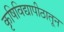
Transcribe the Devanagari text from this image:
कृषिविद्यापीठातून